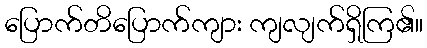
ပြောက်တိပြောက်ကျား ကျလျက်ရှိကြ၏။